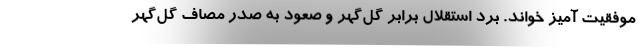
موفقیت آمیز خواند. برد استقلال برابر گل‌گهر و صعود به صدر مصاف گل‌گهر